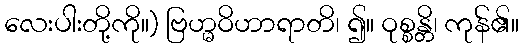
လေးပါးတို့ကို။) ဗြဟ္မဝိဟာရာတိ၊ ၍။ ဝုစ္စန္တိ၊ ကုန်၏။